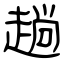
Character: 趟